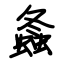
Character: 螽